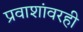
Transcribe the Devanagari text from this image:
प्रवाशांवरही